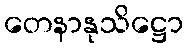
တေနာနုသိဋ္ဌော